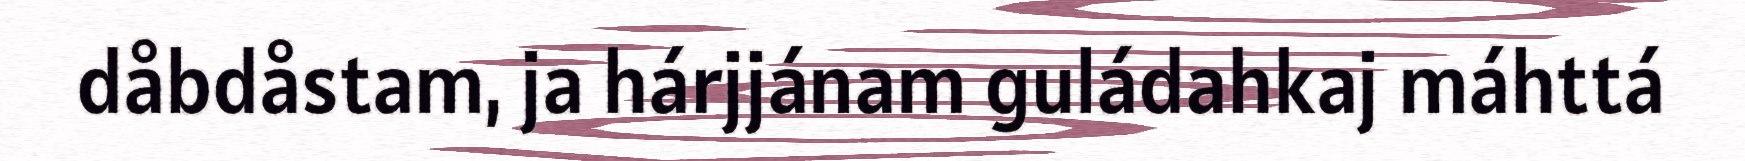
dåbdåstam, ja hárjjánam guládahkaj máhttá